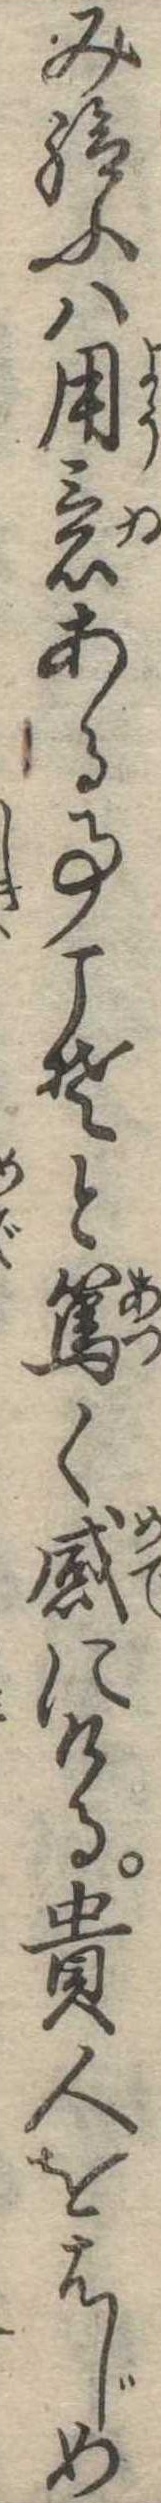
み給ふは用意ある事こそと篤く感にける貴人をはじめ